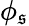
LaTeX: \phi_{\mathfrak{s}}